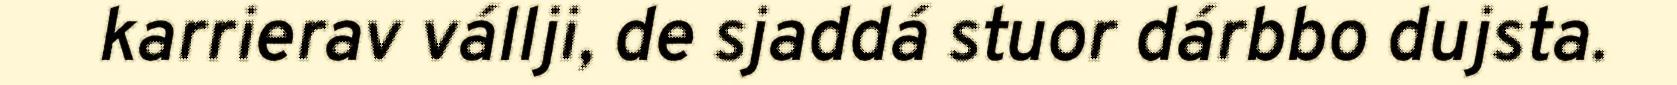
karrierav vállji, de sjaddá stuor dárbbo dujsta.